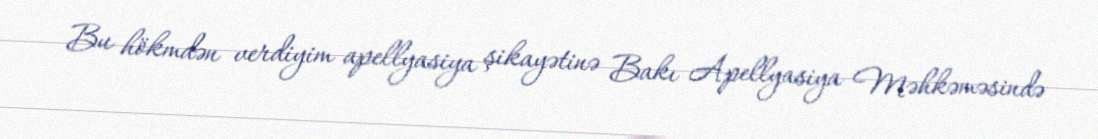
Bu hökmdən verdiyim apellyasiya şikayətinə Bakı Apellyasiya Məhkəməsində